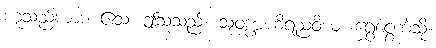
ဟူသည်ကား။ ဧသ၊ ဤသူသည်။ သုဝဏ္ဏဟိရညံဝိယ၊ ရွှေငွေကဲ့သို့။